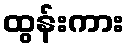
ထွန်းကား